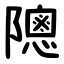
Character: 䧭